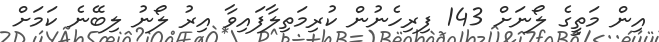
އިން މަތީގެ ލޯނަށް 143 ފިރިހެނުން ކުރިމަތިލާފައިވާ އިރު ލޯނު ލިބޭނެ ކަމަށް